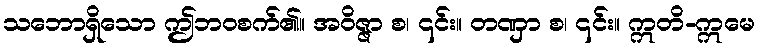
သဘောရှိသော ဤဘဝစက်၏။ အဝိဇ္ဇာ စ၊ ၎င်း။ တဏှာ စ၊ ၎င်း။ ဣတိ-ဣမေ